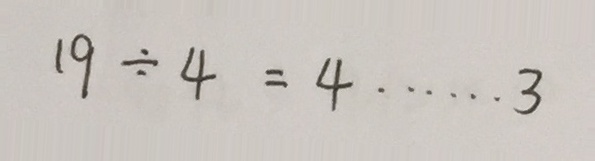
1 9 \div 4 = 4 \cdots 3